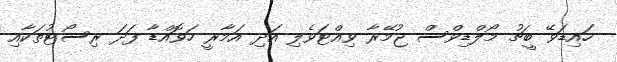
ހައިޑަވޭ ބީޗު މޯލްޑިވްސް ޖުމޭރާ ވިއްޓަވެލި އަދި އަމާރީ ހަވޮއްޑާ ފަދަ ރިސޯޓުތަކާއި